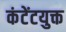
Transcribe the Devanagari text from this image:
कंटेंटयुक्त